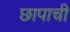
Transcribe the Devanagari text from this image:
छापाची